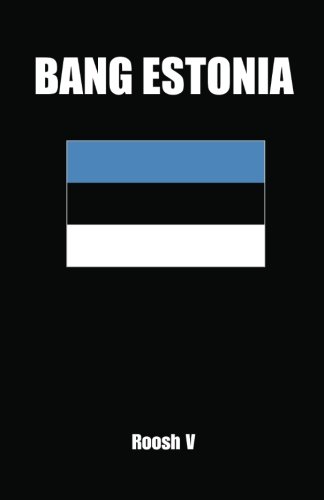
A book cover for Bang Estonia: How To Sleep With Estonian Women In Estonia; Roosh V; Travel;